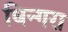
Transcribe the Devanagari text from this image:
धिन्गरा